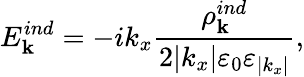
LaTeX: E_{\mathbf k}^{ind}=-ik_{x}\frac{\rho_{\mathbf k}^{ind}}{2|k_{x}|\varepsilon_{0}\varepsilon_{|k_{x}|}},